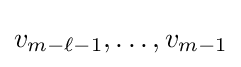
v_{m-\ell -1},\ldots ,v_{m-1}